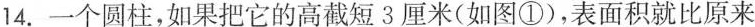
14.一个圆柱，如果把它的高截短3厘米（如图①），表面积就比原来